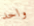
واحد